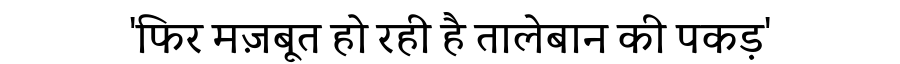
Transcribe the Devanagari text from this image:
'फिर मज़बूत हो रही है तालेबान की पकड़'